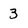
Character: 3